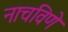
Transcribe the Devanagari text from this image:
नाचविणे